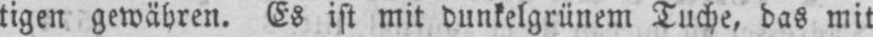
tigen gewähren. Es ist mit dunkelgrünem Tuche, das mit